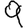
Digit: 9